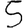
Digit: 5